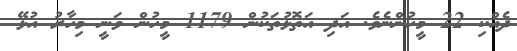
ދެއްކި 22 މީހުންނެވެ. އަދި އަތޮޅުތަކުން 1179 މީހުން ވަނީ މިހާރު އުޅޭ